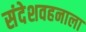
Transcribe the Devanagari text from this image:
संदेशवहनाला